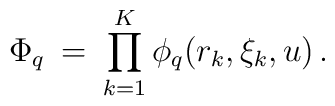
\Phi_q \:=\:\prod_{k=1}^{K}\phi_q(r_k,\xi_k,u)\,.